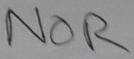
Text: NOR